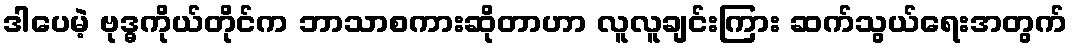
ဒါပေမဲ့ ဗုဒ္ဓကိုယ်တိုင်က ဘာသာစကားဆိုတာဟာ လူလူချင်းကြား ဆက်သွယ်ရေးအတွက်